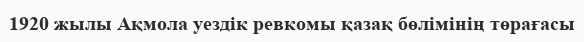
1920 жылы Ақмола уездік ревкомы қазақ бөлімінің төрағасы